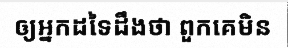
ឲ្យអ្នកដទៃដឹងថា ពួកគេមិន